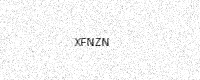
Text: XFNZN